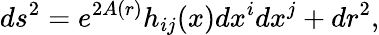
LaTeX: ds^{2}=e^{2A(r)}h_{ij}(x)dx^{i}dx^{j}+dr^{2},